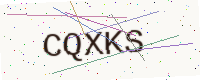
Text: CQXKS